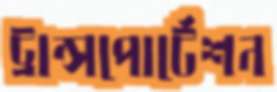
ট্রান্সপোর্টেশন